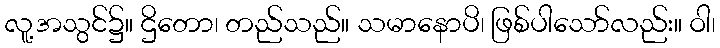
လူ့အသွင်၌။ ဌိတော၊ တည်သည်။ သမာနောပိ၊ ဖြစ်ပါသော်လည်း။ ဝါ၊